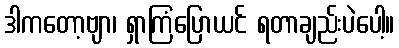
ဒါကတော့ဗျာ၊ ရှာကြံပြောယင် ရတာချည်းပဲပေါ့။